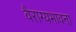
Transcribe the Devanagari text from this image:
वैराग्यभावना